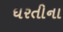
ધરતીના